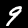
Label: 9